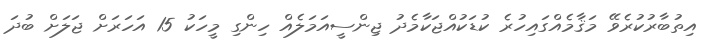
އިތުބާރުކުރެވޭ މަޤާމެއްގައިހުރެ ކުޑަކުއްޖަކާމެދު ޖިންސީއަމަލެއް ހިންގި މީހަކު 15 އަހަރަށް ޖަލަށް ބުދަ